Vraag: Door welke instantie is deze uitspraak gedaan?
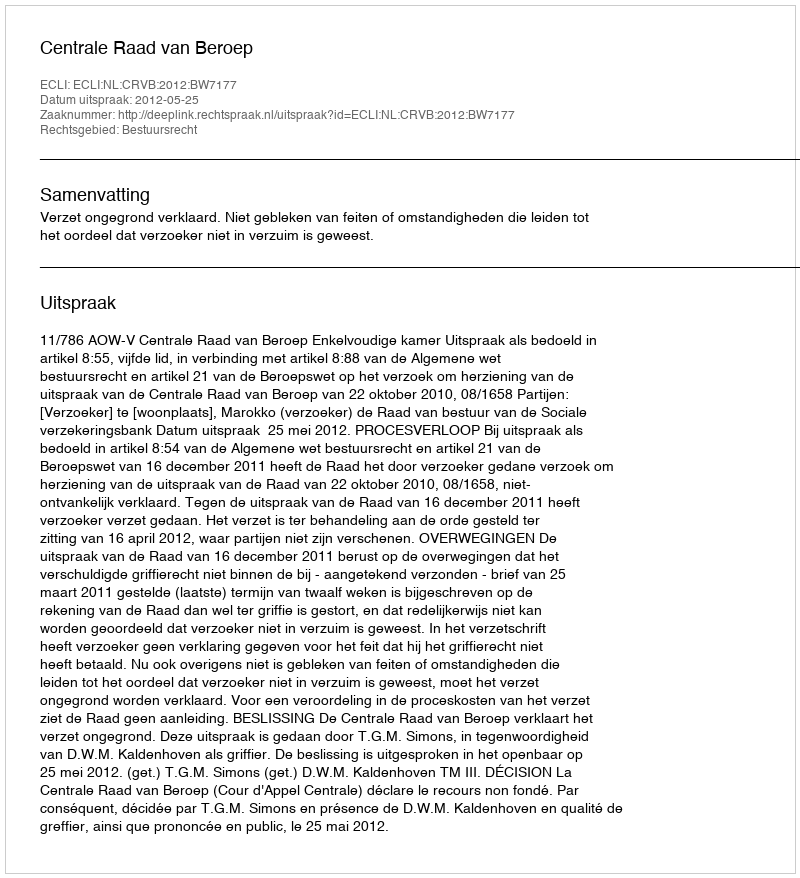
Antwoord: Centrale Raad van Beroep